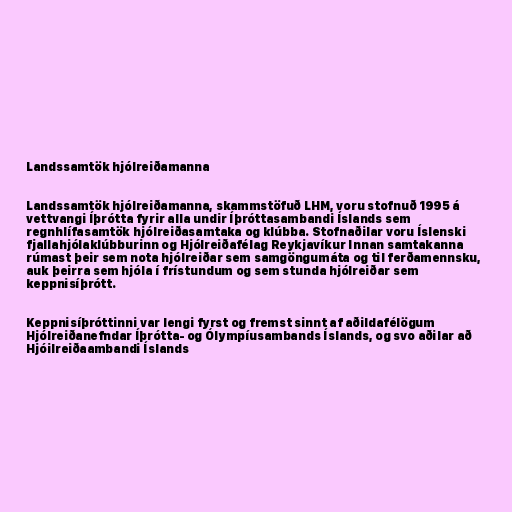
Landssamtök hjólreiðamanna

Landssamtök hjólreiðamanna, skammstöfuð LHM, voru stofnuð 1995 á
vettvangi Íþrótta fyrir alla undir Íþróttasambandi Íslands sem
regnhlífasamtök hjólreiðasamtaka og klúbba. Stofnaðilar voru Íslenski
fjallahjólaklúbburinn og Hjólreiðafélag Reykjavíkur Innan samtakanna
rúmast þeir sem nota hjólreiðar sem samgöngumáta og til ferðamennsku,
auk þeirra sem hjóla í frístundum og sem stunda hjólreiðar sem
keppnisíþrótt.

Keppnisíþróttinni var lengi fyrst og fremst sinnt af aðildafélögum
Hjólreiðanefndar Íþrótta- og Ólympíusambands Íslands, og svo aðilar að
Hjóilreiðaambandi Íslands